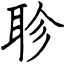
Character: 聄